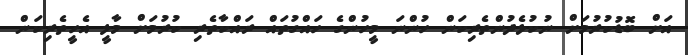
އަށް ބޮޑުކުރުމަށް ނުކުޅެދުންތެރިކަން ހުންނަ މީހުންގެ ހައްގުތައް ރައްކާތެރި ކުރުމަށް މާލީ އެހީތެރިކަން